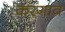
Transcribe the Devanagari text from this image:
करगाव